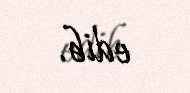
edib.